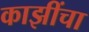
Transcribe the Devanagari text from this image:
काझींचा